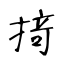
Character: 𢰤